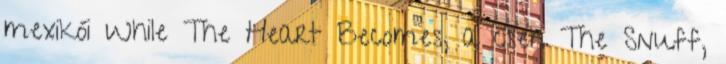
mexikói While The Heart Becomes, a cseh The Snuff,